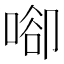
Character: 𠶸